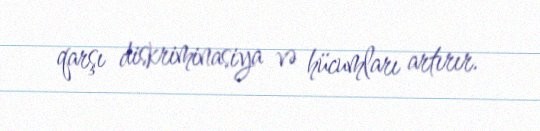
qarşı diskriminasiya və hücumları artırır.